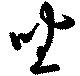
坐